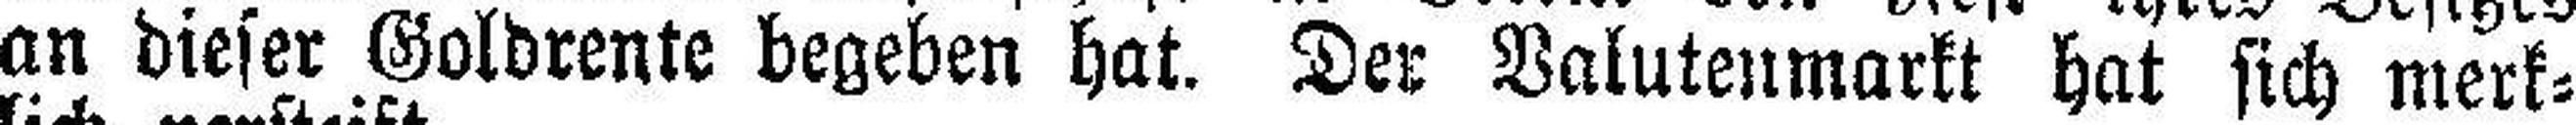
an dieser Goldrente begeben hat. Der Valutenmarkt hat sich merk¬